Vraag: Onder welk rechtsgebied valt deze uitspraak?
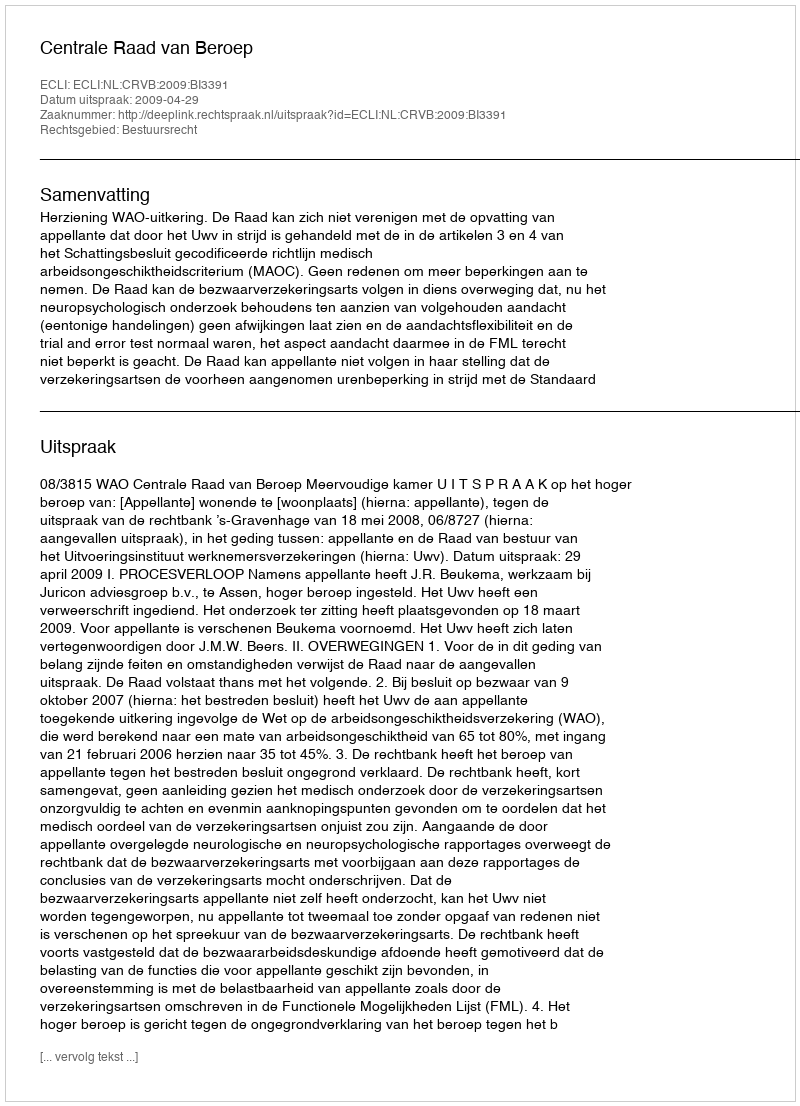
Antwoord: Bestuursrecht